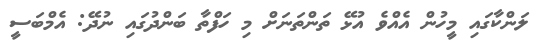
ލަންކާގައި މީހުން އެއްވެ އުޅޭ ތަންތަނަށް މި ހަފްތާ ބަންދުގައި ނުދޭ: އެމްބަސީ